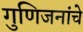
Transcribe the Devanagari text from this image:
गुणिजनांचे